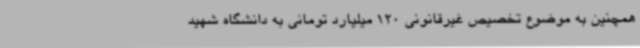
همچنین به موضوع تخصیص غیرقانونی 120 میلیارد تومانی به دانشگاه شهید